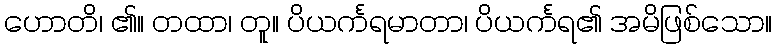
ဟောတိ၊ ၏။ တထာ၊ တူ။ ပိယင်္ကရမာတာ၊ ပိယင်္ကရ၏ အမိဖြစ်သော။